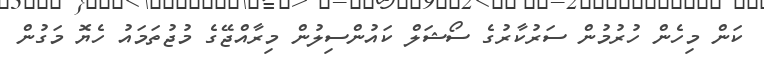
ކަން މިހެން ހުރުމުން ސަރުކާރުގެ ސޯޝަލް ކައުންސިލުން މިރާއްޖޭގެ މުޖުތަމައު ހެޔޮ މަގުން